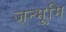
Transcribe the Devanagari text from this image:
जन्भूमि